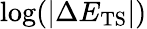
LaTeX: \mathrm{log}(|\Delta E_{\mathrm{TS}}|)